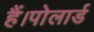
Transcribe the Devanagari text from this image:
हैं।पोलार्ड